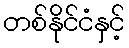
တစ်နိုင်ငံနှင့်